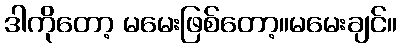
ဒါကိုတော့ မမေးဖြစ်တော့။မမေးချင်။